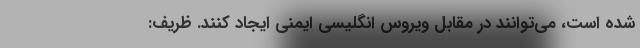
شده است، می‌توانند در مقابل ویروس انگلیسی ایمنی ایجاد کنند. ظریف: